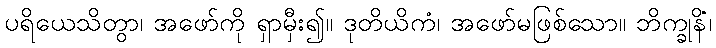
ပရိယေသိတွာ၊ အဖော်ကို ရှာမှီး၍။ ဒုတိယိကံ၊ အဖော်မဖြစ်သော။ ဘိက္ခုနိံ၊